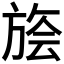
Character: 𰕭